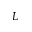
L